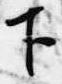
下